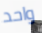
واحد